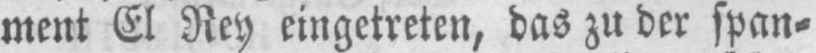
ment El Rey eingetreten, das zu der span⸗